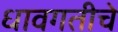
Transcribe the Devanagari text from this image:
धावगतीचे